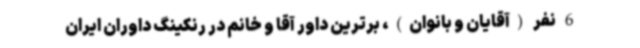
6 نفر (آقایان و بانوان)، برترین داور آقا و خانم در رنکینگ داوران ایران